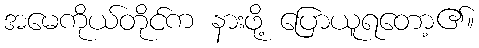
အမေကိုယ်တိုင်က နားဖို့ ပြောယူရတော့၏။